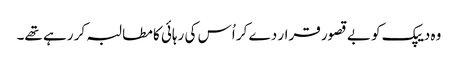
وہ دیپک کو بے قصور قرار دے کر اُس کی رہائی کا مطالبہ کر رہے تھے۔